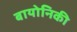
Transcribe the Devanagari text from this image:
बायोनिकी